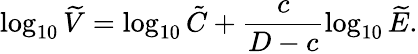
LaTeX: \log_{10}\widetilde V=\log_{10}\tilde{C}+\frac{c}{D-c}\log_{10}\widetilde E.